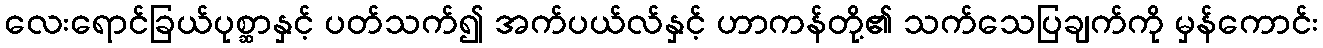
လေးရောင်ခြယ်ပုစ္ဆာနှင့် ပတ်သက်၍ အက်ပယ်လ်နှင့် ဟာကန်တို့၏ သက်သေပြချက်ကို မှန်ကောင်း